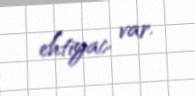
ehtiyac var.